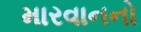
મારવાનનો